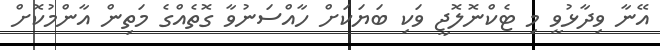
އޭނާ ވިދާޅުވީ މި ޓެކްނޮލޮޖީ ވަކި ބަޔަކަށް ހާއްސަނުވާ ގޮތެއްގެ މަތިން އާންމުކޮށް